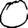
Digit: 0